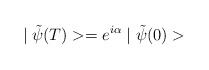
\begin{align*}\mid \tilde{\psi}(T)>=e^{i\alpha } \mid \tilde{\psi }(0)>\end{align*}